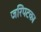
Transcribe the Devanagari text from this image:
जरिपटका